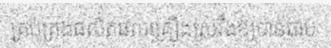
គ្រប់គ្រងផលិតផលគ្រឿងស្រវឹងឱ្យបានឆាប់